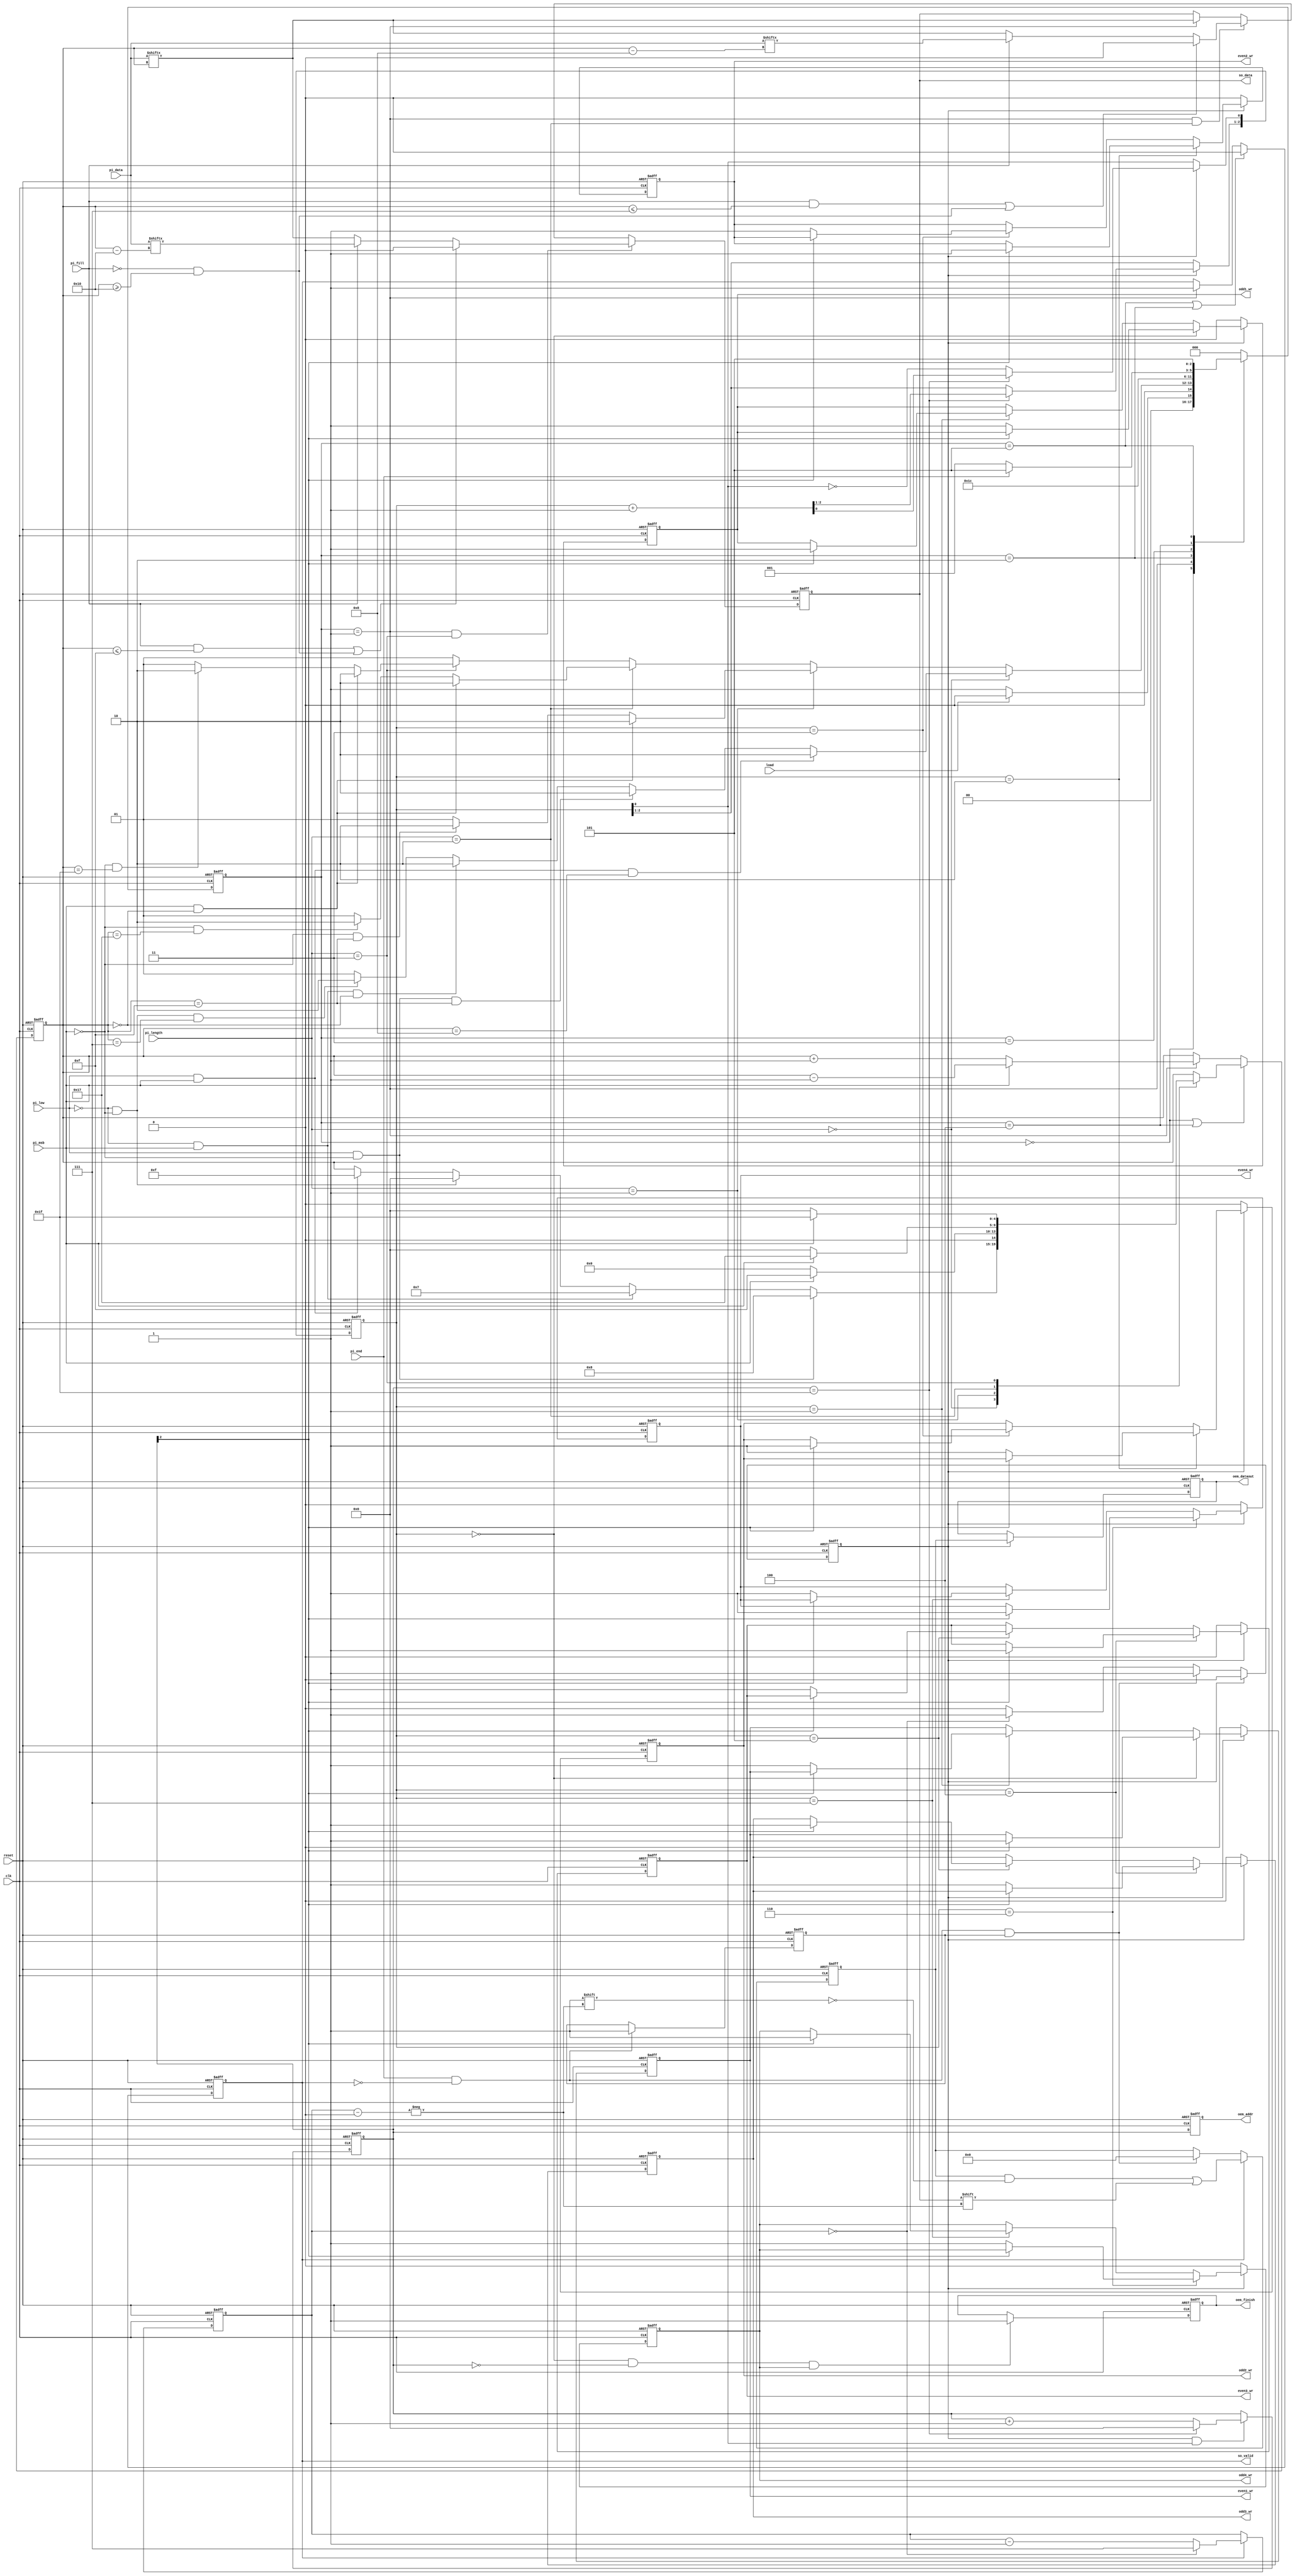
module STI_DAC(
	//Input Signals
	clk ,reset, load, pi_data, pi_length, pi_fill, pi_msb, pi_low, pi_end,
	//Output Signals
	so_data, so_valid, oem_finish, oem_dataout, oem_addr, odd1_wr, odd2_wr,
	odd3_wr, odd4_wr, even1_wr, even2_wr, even3_wr, even4_wr
);
//================================================================
//  INPUT AND OUTPUT DECLARATION - STI_DAC                       
//================================================================	
input		clk, reset;
input		load, pi_msb, pi_low, pi_end; 
input	[15:0]	pi_data;
input	[1:0]	pi_length;
input		pi_fill;
output reg		so_data, so_valid;

output reg oem_finish, odd1_wr, odd2_wr, odd3_wr, odd4_wr, even1_wr, even2_wr, even3_wr, even4_wr;
output reg [4:0] oem_addr;
output reg [7:0] oem_dataout;
//==============================================================================

//================================================================
//  Wires & Registers -- DAC                      
//================================================================	
reg [2:0] counter_dac;
reg [4:0] ptr;
wire [4:0] ptr_tmp;
reg [2:0] ptr_mem;
wire [2:0] ptr_mem_tmp;
reg [7:0] data_in;
reg output_valid;
reg finish;

//================================================================
//  Control Signal -- DAC
//================================================================
always@( posedge clk or posedge reset )
begin
	if( reset ) 
	begin
		odd1_wr <= 1'd0; even1_wr <= 1'd0;
	end
	else if( output_valid )
	begin
		if( ptr_mem == 3'd000 ) 
		begin
			if( ptr[2] ) even1_wr <= 1'd1;
			else odd1_wr <= 1'd1;
		end
		else if( ptr_mem == 3'd001 )
		begin
			if( ptr[2] ) odd1_wr <= 1'd1;
			else even1_wr <= 1'd1;
		end
	end
	else 
	begin
		odd1_wr <= 1'd0; even1_wr <= 1'd0;	
	end
end

always@( posedge clk or posedge reset )
begin
	if( reset ) 
	begin
		odd2_wr <= 1'd0; even2_wr <= 1'd0;
	end
	else if( output_valid )
	begin
		if( ptr_mem == 3'd010 ) 
		begin
			if( ptr[2] ) even2_wr <= 1'd1;
			else odd2_wr <= 1'd1;
		end
		else if( ptr_mem == 3'd011 )
		begin
			if( ptr[2] ) odd2_wr <= 1'd1;
			else even2_wr <= 1'd1;
		end
	end
	else 
	begin
		odd2_wr <= 1'd0; even2_wr <= 1'd0;	
	end
end

always@( posedge clk or posedge reset )
begin
	if( reset ) 
	begin
		odd3_wr <= 1'd0; even3_wr <= 1'd0;
	end
	else if( output_valid )
	begin
		if( ptr_mem == 3'd100 ) 
		begin
			if( ptr[2] ) even3_wr <= 1'd1;
			else odd3_wr <= 1'd1;
		end
		else if( ptr_mem == 3'd101 )
		begin
			if( ptr[2] ) odd3_wr <= 1'd1;
			else even3_wr <= 1'd1;
		end
	end
	else 
	begin
		odd3_wr <= 1'd0; even3_wr <= 1'd0;	
	end
end

always@( posedge clk or posedge reset )
begin
	if( reset )
	begin
		odd4_wr <= 1'd0; even4_wr <= 1'd0; 
	end
	else if( output_valid )
	begin
		if( ptr_mem == 3'd110 ) 
		begin
			if( ptr[2] ) even4_wr <= 1'd1;
			else odd4_wr <= 1'd1;
		end
		else if( ptr_mem == 3'd111 )
		begin
			if( ptr[2] ) odd4_wr <= 1'd1;
			else even4_wr <= 1'd1;
		end
	end
	else 
	begin
		 odd4_wr <= 1'd0; even4_wr <= 1'd0; 
	end
end

//================================================================
//  output_valid -- DAC
//================================================================
always@( posedge clk or posedge reset )
begin
	if( reset ) output_valid <= 8'd0;
	else if( output_valid ) output_valid <= 1'd0;
	else if( pi_end && so_valid == 1'd0 && finish ) output_valid <= 1'd1;
	else if( counter_dac == 3'd0 ) output_valid <= 1'd1;
	else output_valid <= 1'd0;	
end

//================================================================
//  oem_dataout -- DAC
//================================================================
always@( posedge clk or posedge reset )
begin
	if( reset ) oem_dataout <= 8'd0;
	else if( output_valid ) oem_dataout <= data_in;
end

//================================================================
//  oem_addr -- DAC
//================================================================
always@( posedge clk or posedge reset )
begin
	if( reset ) oem_addr <= 5'd0;
	else oem_addr <= ptr;
end

//================================================================
//  oem_finish -- DAC
//================================================================
always@( posedge clk or posedge reset )
begin
	if( reset ) oem_finish <= 1'd0;
	else if( ptr_mem == 3'd0 && ptr == 5'd0 && odd4_wr ) oem_finish <= 1'd1;
end

//================================================================
//  finish -- DAC
//================================================================
always@( posedge clk or posedge reset )
begin
	if( reset ) finish <= 1'd0;
	else if( so_valid == 1'd0 && pi_end ) finish <= 1'd1;
end

//================================================================
//  ptr -- DAC
//================================================================
assign ptr_tmp = ptr + 5'd1;
assign ptr_mem_tmp = ptr_mem + 3'd1;

always@( posedge clk or posedge reset )
begin
	if( reset ) ptr <= 5'd0;
	else if( output_valid && ptr_mem[0] ) 
	begin
		if( ptr == 5'd31 ) ptr <= 5'd0;
		else ptr <= ptr_tmp;
	end
end

always@( posedge clk or posedge reset )
begin
	if( reset ) ptr_mem <= 3'd0;
	else if( output_valid ) 
	begin
		if( ptr == 5'd31 ) ptr_mem <= ptr_mem_tmp;
		else ptr_mem[0] <= !ptr_mem[0];
	end
end

//================================================================
//  counter_dac -- DAC
//================================================================
always@( posedge clk or posedge reset )
begin
	if( reset ) counter_dac <= 3'd7;
	else if( so_valid ) counter_dac <= ( counter_dac == 3'd0 )? 3'd7: counter_dac - 3'd1;
end

//================================================================
//  data_in -- DAC
//================================================================
always@( posedge clk or posedge reset )
begin
	if( reset ) data_in <= 8'd0;
	else if( so_valid ) data_in[ counter_dac ] <= so_data;
	else if( pi_end && so_valid == 1'd0 && finish ) data_in <= 8'd0;
end

//================================================================
//  Wires & Registers -- STI                      
//================================================================	
reg [4:0] counter_sti;
wire [4:0] counter_TT, counter_TF;// counter of 32 && 24
wire [4:0] counter_PLUS, counter_MINUS;
reg [2:0] state, nx_state;

//================================================================
//  integer / genvar / parameters -- STI
//================================================================
parameter EIGHT = 2'b00, SIXTEEN = 2'b01, TWENTY_FOUR = 2'b10, THIRTY_TWO = 2'b11;//pi_length
parameter IDLE = 3'd0, PROC = 3'd1, DELAY_CLK1 = 3'd2, DELAY_CLK2 = 3'd3, DELAY_CLK3 = 3'd4,FN = 3'd5;//state;

//================================================================
//  OUTPUT : so_valid -- STI
//================================================================
always@( posedge clk or posedge reset )
begin
	if( reset ) so_valid <= 1'd0;
	else if( state == FN ||  state == DELAY_CLK1 ) so_valid <= 1'd0;
	else if( state == PROC ) so_valid <= 1'd1;
end

//================================================================
//  OUTPUT : so_data -- STI
//================================================================
always@( posedge clk or posedge reset )
begin
	if( reset ) so_data <= 1'd0;
	else if( state == PROC && pi_length == THIRTY_TWO )
	begin
		if( (pi_fill && counter_sti <= 5'd15) || (pi_fill == 1'd0 && counter_sti >= 5'd16 ) ) so_data <= 1'd0;
		else if( pi_fill ) so_data <= pi_data[ counter_TF ];		
		else so_data <= pi_data[ counter_sti ];
	end
	else if( state == PROC && pi_length == TWENTY_FOUR )
	begin
		if( (pi_fill && counter_sti <= 5'd7) || (pi_fill == 1'd0 && counter_sti >= 5'd16) ) so_data <= 1'd0;
		else if( pi_fill ) so_data <= pi_data[ counter_TT ];
		else so_data <= pi_data[ counter_sti ];
	end	
	else if( state == PROC )so_data <= pi_data[ counter_sti ];		
	
end

//================================================================
//  counter -- STI
//================================================================
assign counter_TT = counter_sti - 5'd8;
assign counter_TF = counter_sti - 5'd16;
assign counter_PLUS = counter_sti + 5'd1;
assign counter_MINUS = counter_sti - 5'd1;

always@( posedge clk or posedge reset )
begin
	if( reset ) counter_sti <= 5'd0;
	else if( state == IDLE || state == DELAY_CLK3 )
	begin
		case( pi_length )
		EIGHT:
		begin
			if( pi_low && pi_msb ) counter_sti <= 5'd15;
			if( pi_low && pi_msb == 1'd0 ) counter_sti <= 5'd8;
			else if( pi_low == 1'd0 && pi_msb ) counter_sti <= 5'd7;
			else if( pi_low == 1'd0 && pi_msb == 1'd0 ) counter_sti <= 5'd0;
		end
		SIXTEEN:
		begin
			if( pi_msb ) counter_sti <= 5'd15;
			else  counter_sti <= 5'd0;
		end
		TWENTY_FOUR:
		begin
			if( pi_msb ) counter_sti <= 5'd23;
			else  counter_sti <= 5'd0;
		end
		THIRTY_TWO:
		begin
			if( pi_msb ) counter_sti <= 5'd31;
			else  counter_sti <= 5'd0;
		end
		endcase
	end
	else if( state == PROC )
	begin
		if( pi_msb ) counter_sti <= counter_MINUS;
		else counter_sti <= counter_PLUS;
	end
end

//================================================================
//  FSM -- STI
//================================================================
always@( posedge clk or posedge reset )
begin
	if( reset ) state <= IDLE;
	else state <= nx_state;
end

always@( * )
begin
	case( state )
	IDLE: nx_state = ( load == 1'd0 )? PROC : IDLE ;
	PROC:
	begin
		if( pi_length == EIGHT )
		begin
			if( pi_low && pi_msb && counter_sti == 5'd8 ) nx_state = DELAY_CLK1;
			else if( pi_low && pi_msb == 1'd0 && counter_sti == 5'd15 ) nx_state = DELAY_CLK1;
			else if( pi_low == 1'd0 && pi_msb && counter_sti == 5'd0 ) nx_state = DELAY_CLK1;
			else if( pi_low == 1'd0 && pi_msb == 1'd0 && counter_sti == 5'd7 ) nx_state = DELAY_CLK1;
			else  nx_state = PROC;
		end
		else if( pi_length == SIXTEEN )
		begin
			if( pi_msb && counter_sti == 5'd0 ) nx_state = DELAY_CLK1;
			else if( pi_msb == 1'd0 && counter_sti == 5'd15 ) nx_state = DELAY_CLK1;
			else  nx_state = PROC;
		end
		else if( pi_length == TWENTY_FOUR )
		begin
			if( pi_msb && counter_sti == 5'd0 ) nx_state = DELAY_CLK1;
			else if( pi_msb == 1'd0 && counter_sti == 5'd23 ) nx_state = DELAY_CLK1;
			else nx_state = PROC;
		end
		else if( pi_length == THIRTY_TWO ) 
		begin
			if( pi_msb && counter_sti == 5'd0 ) nx_state = DELAY_CLK1;
			else if( pi_msb == 1'd0 && counter_sti == 5'd31 ) nx_state = DELAY_CLK1;
			else nx_state = PROC;
		end
		else nx_state = PROC;
	end
	DELAY_CLK1: nx_state = DELAY_CLK2;
	DELAY_CLK2: nx_state = DELAY_CLK3;
	DELAY_CLK3: nx_state = ( pi_end )? FN : PROC;
	FN: nx_state = FN;
	default: nx_state = IDLE;
	endcase
end


endmodule